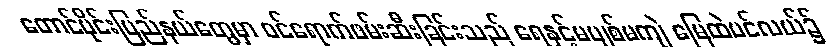
တောင်ပိုင်းပြည်နယ်တွေမှာ ဝင်ရောက်ဖမ်းဆီးခြင်းသည် ရေနှင့်မပျစ်မကျဲ မြေထဲပင်လယ်၌